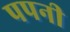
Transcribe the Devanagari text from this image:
पपनी